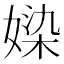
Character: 媣